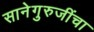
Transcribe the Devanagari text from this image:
सानेगुरुजींचा